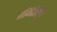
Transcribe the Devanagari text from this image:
गंगोत्री।